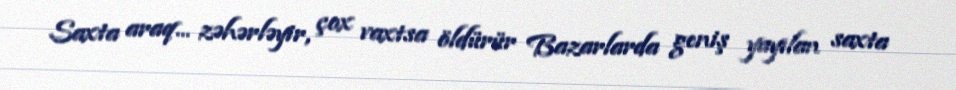
Saxta araq... zəhərləyir, çox vaxtsa öldürür Bazarlarda geniş yayılan saxta